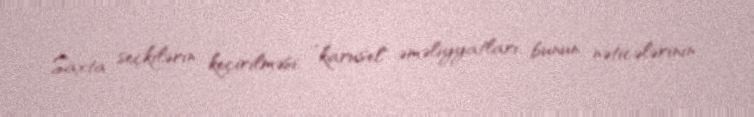
Saxta seçkilərin keçirilməsi, ”karusel" əməliyyatları, bunun nəticələrinin